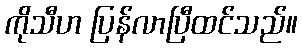
ကိုသီဟ ပြန်လာပြီထင်သည်။